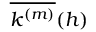
\overline { { k ^ { ( m ) } } } ( h )